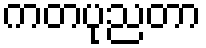
ကတပုညတာ